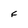
Character: F